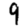
Digit: 9